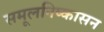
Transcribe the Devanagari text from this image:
समूलनिष्कासन